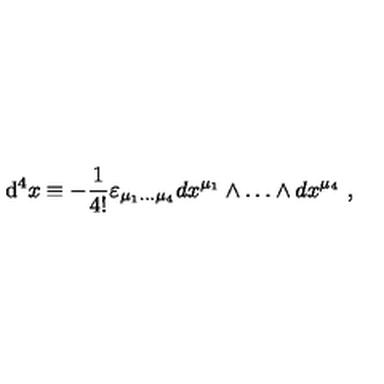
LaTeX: \mathrm { d } ^ { 4 } x \equiv - { \frac { 1 } { 4 ! } } \varepsilon _ { \mu _ { 1 } \dots \mu _ { 4 } } d x ^ { \mu _ { 1 } } \wedge \dots \wedge d x ^ { \mu _ { 4 } } \ ,